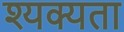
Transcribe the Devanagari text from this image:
श्यक्यता